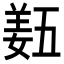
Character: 𡟿